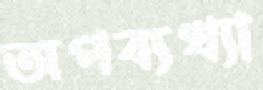
অপব্যখ্যা